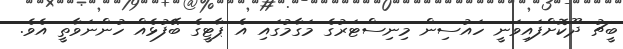
ބީޗު ދޫކޮށްފައިވަނީ ހައުސިން މިނިސްޓަރުގެ މަގާމުގައި އެ ޕާޓީގެ ބޭފުޅެއް ހުންނަވާތީ އެވެ.